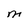
Character: M